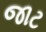
જાટ